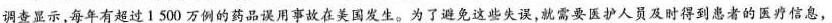
调查显示，每年有超过1500万例的药品误用事故在美国发生。为了避免这些失误，就需要医护人员及时得到患者的医疗信息，